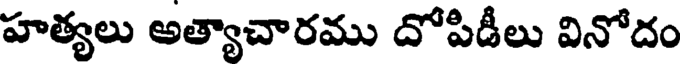
హత్యలు అత్యాచారము దోపిడీలు వినోదం